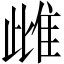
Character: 雌